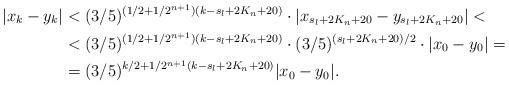
LaTeX: \begin{align*}|x_k - y_k| &< (3/5)^{(1/2 + 1/2^{n+1})(k - s_l + 2K_n + 20)} \cdot |x_{s_l + 2K_n + 20} - y_{s_l + 2K_n + 20}| <\\&< (3/5)^{(1/2 + 1/2^{n+1})(k - s_l + 2K_n + 20)} \cdot (3/5)^{(s_l + 2K_n + 20)/2} \cdot |x_0 - y_0| =\\&= (3/5)^{k/2 + 1/2^{n+1}(k - s_l + 2K_n + 20)} |x_0 - y_0|.\end{align*}